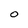
Character: 0